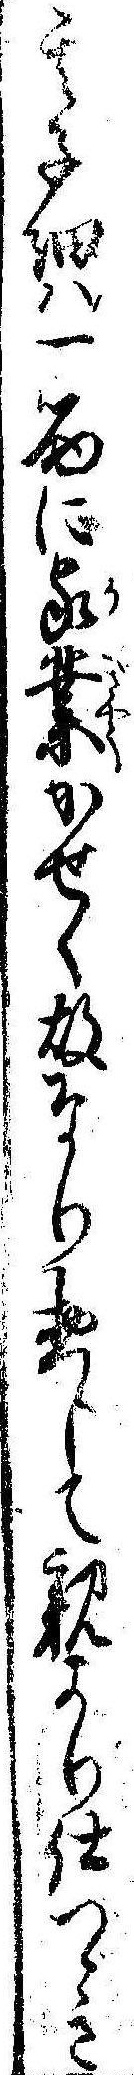
其子細は一筋に家業かせく故なり惣じて親より仕つゞき